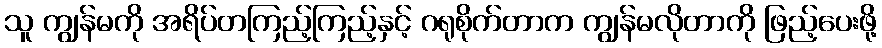
သူ ကျွန်မကို အရိပ်တကြည့်ကြည့်နှင့် ဂရုစိုက်တာက ကျွန်မလိုတာကို ဖြည့်ပေးဖို့